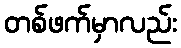
တစ်ဖက်မှာလည်း